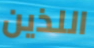
اللذين